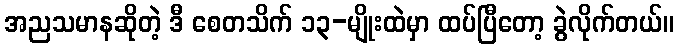
အညသမာနဆိုတဲ့ ဒီ စေတသိက် ၁၃-မျိုးထဲမှာ ထပ်ပြီတော့ ခွဲလိုက်တယ်။